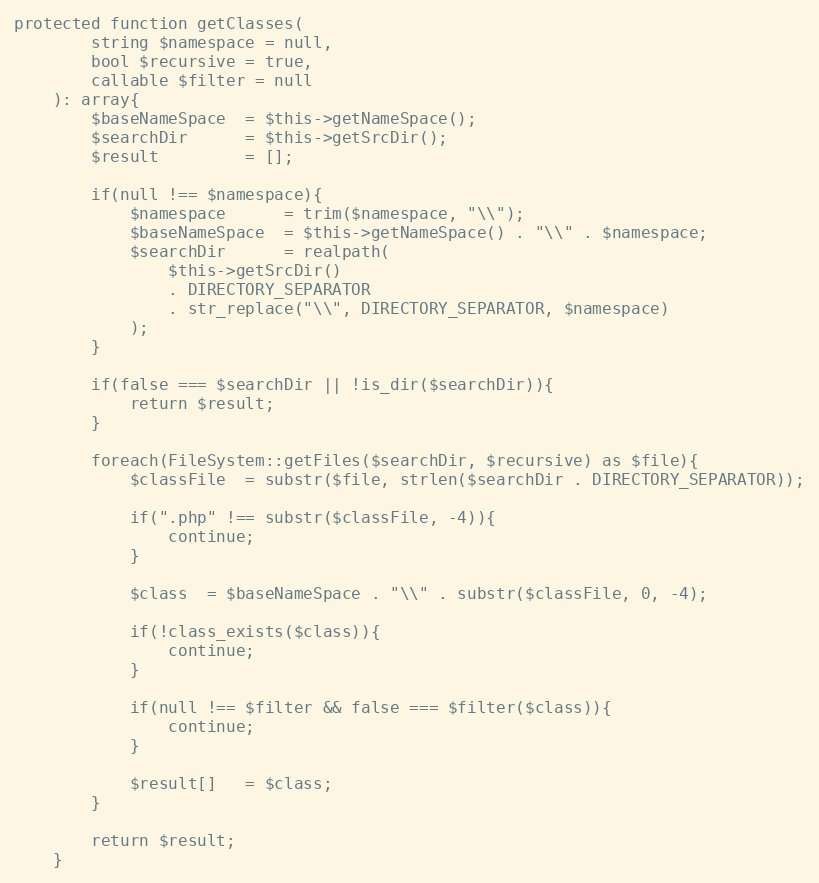
Language: PHP
protected function getClasses(
        string $namespace = null,
        bool $recursive = true,
        callable $filter = null
    ): array{
        $baseNameSpace  = $this->getNameSpace();
        $searchDir      = $this->getSrcDir();
        $result         = [];

        if(null !== $namespace){
            $namespace      = trim($namespace, "\\");
            $baseNameSpace  = $this->getNameSpace() . "\\" . $namespace;
            $searchDir      = realpath(
                $this->getSrcDir()
                . DIRECTORY_SEPARATOR
                . str_replace("\\", DIRECTORY_SEPARATOR, $namespace)
            );
        }

        if(false === $searchDir || !is_dir($searchDir)){
            return $result;
        }

        foreach(FileSystem::getFiles($searchDir, $recursive) as $file){
            $classFile  = substr($file, strlen($searchDir . DIRECTORY_SEPARATOR));

            if(".php" !== substr($classFile, -4)){
                continue;
            }

            $class  = $baseNameSpace . "\\" . substr($classFile, 0, -4);

            if(!class_exists($class)){
                continue;
            }

            if(null !== $filter && false === $filter($class)){
                continue;
            }

            $result[]   = $class;
        }

        return $result;
    }